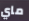
ماي